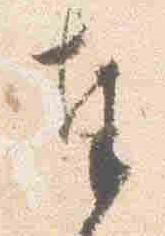
奉